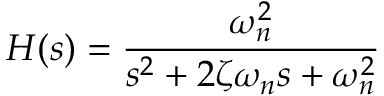
H ( s ) = { \frac { \omega _ { n } ^ { 2 } } { s ^ { 2 } + 2 \zeta \omega _ { n } s + \omega _ { n } ^ { 2 } } }